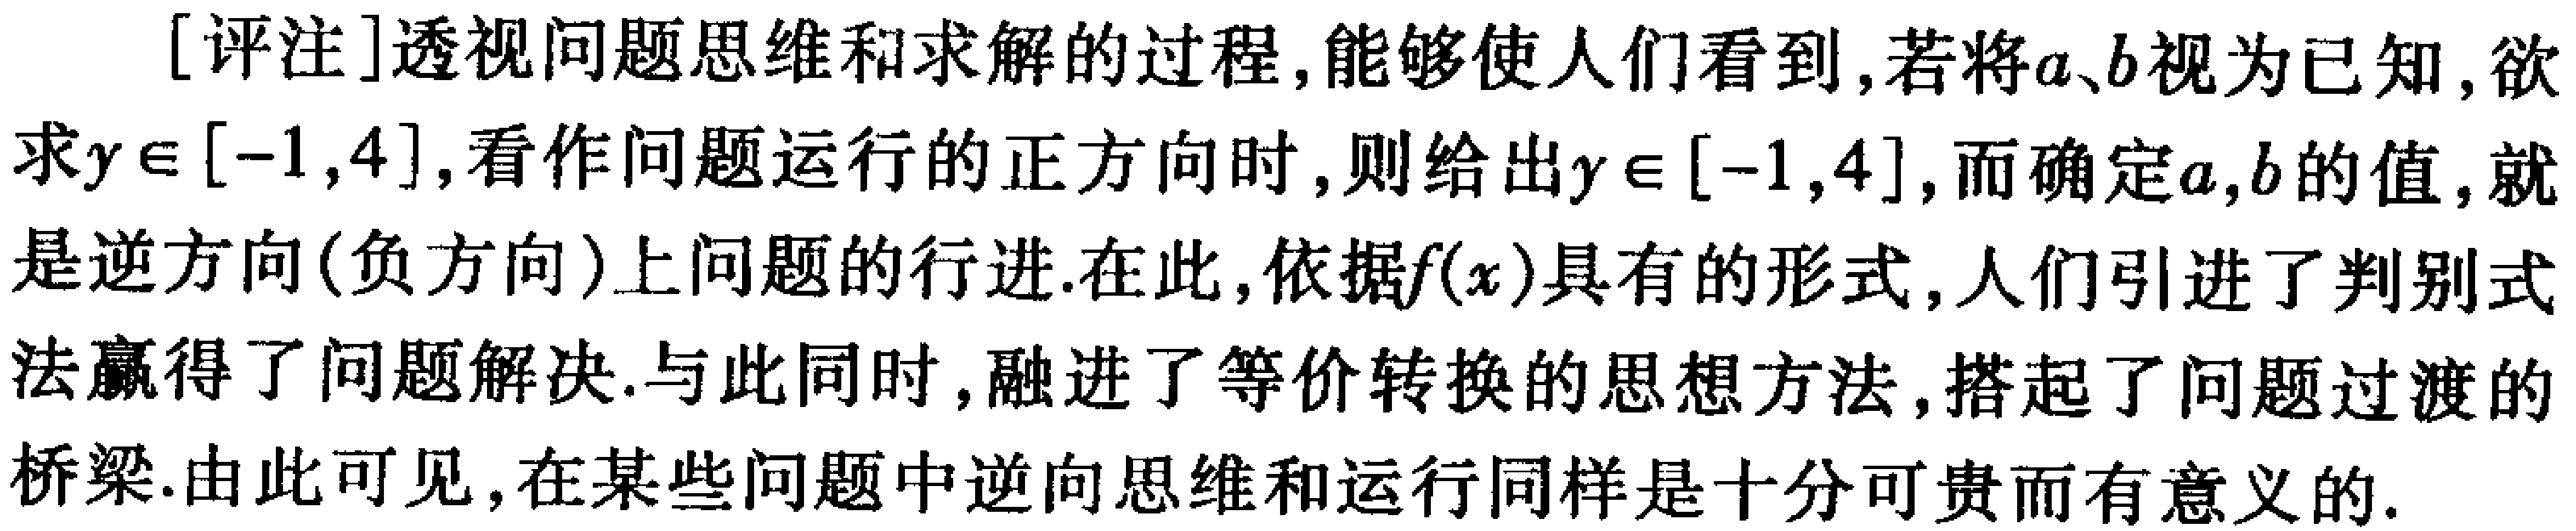
[评注]透视问题思维和求解的过程,能够使人们看到,若将\(a\)、\(b\)视为已知,欲求\(y\in[-1,4]\),看作问题运行的正方向时,则给出\(y\in[-1,4]\),而确定\(a,b\)的值,就是逆方向(负方向)上问题的行进.在此,依据\(f(x)\)具有的形式,人们引进了判别式法赢得了问题解决.与此同时,融进了等价转换的思想方法,搭起了问题过渡的桥梁.由此可见,在某些问题中逆向思维和运行同样是十分可贵而有意义的.